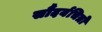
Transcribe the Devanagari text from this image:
सौंदर्यचित्रों